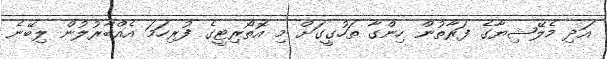
އަދި މެލޭޝިޔާގެ ފަރާތުން ހިންގާ ތަހުގީގަށް މި އޮތޯރިޓީގެ ފުރިހަމަ އެއްބާރުލުން ލިބޭނެ